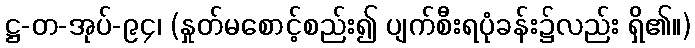
ဋ္ဌ-တ-အုပ်-၉၄၊ (နှုတ်မစောင့်စည်း၍ ပျက်စီးရပုံခန်း၌လည်း ရှိ၏။)